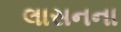
લાસનના